Burma Government Medical School reports 1923-41
Year: 1923
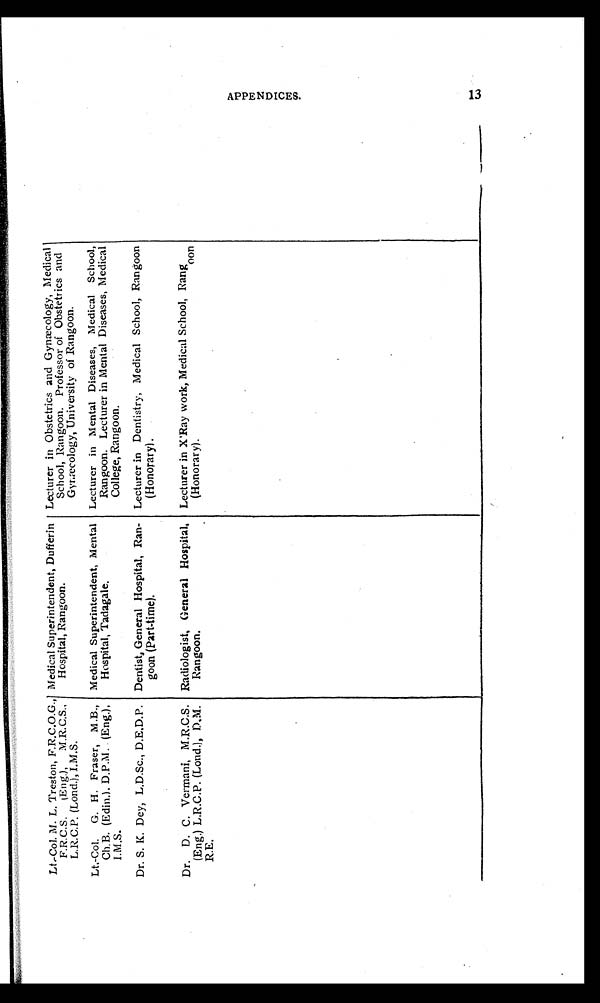
Lt.-Col. M. L. Treston, F.R.C.O.G.,
F.R. C.S .(Eng.), M .R. C.S. ,
L.R.C.P. (Lond.), I.M.S.
Medical Superintendent, Dufferin
Hospital, Rangoon.
Lecturer in Obstetrics and Gynæcology, Medical
School, Rangoon. Professor of Obstetrics and
Gyræcology, University of Rangoon.
Lt.-Col. G. H. Fraser, M.B.,
Ch.B. (Edin.), D.P.M. (Eng.),
I.M.S.
Medical Superintendent, Mental
Hospital, Tadagale.
Lecturer in Mental Diseases, Medical School,
Rangoon. Lecturer in Mental Diseases, Medical
College, Rangoon.
Dr. S. K. Dey, L.D.Sc., D.E.D.P. Dentist, General Hospital, Ran-
goon (Part-time).
Lecturer in Dentistry, Medical School, Rangoon
(Honorary).
Dr. D. C. Vermani, M.R.C.S.
(Eng.) L.R.C.P. (Loud.), D. M.
R.E.
Radiologist, General Hospital,
Rangoon.
Lecturer in X'Ray work, Medical School, Rangoon
(Honorary).
APPENDICES.
1 3